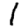
Digit: 1